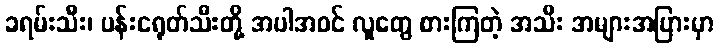
ခရမ်းသီး၊ ပန်းငရုတ်သီးတို့ အပါအဝင် လူတွေ စားကြတဲ့ အသီး အများအပြားမှာ